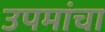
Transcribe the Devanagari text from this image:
उपमांचा